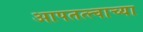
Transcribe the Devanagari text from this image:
आपतत्त्वाच्या